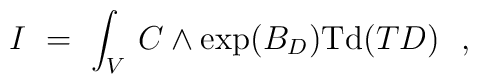
I \ = \ \int_V \, C \wedge \exp(B_D) {\rm Td}(TD)\ \ ,